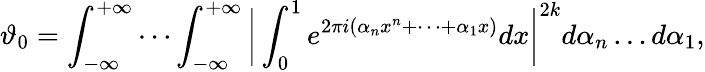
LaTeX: \vartheta_{0}=\int_{-\infty}^{+\infty}\cdots\int_{-\infty}^{+\infty}{\biggl|}\int_{0}^{1}e^{2\pi i(\alpha_{n}x^{n}+\cdots+\alpha_{1}x)}dx{\biggr|}^{2k}d\alpha_{n}\ldots d\alpha_{1},